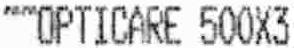
""OPTICARE 500X3